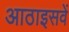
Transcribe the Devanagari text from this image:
आठाइसवें